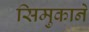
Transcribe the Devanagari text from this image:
सिमुकाने